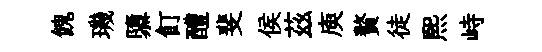
餽璣隳飣醴斐侯茲庾贅徒熙峙